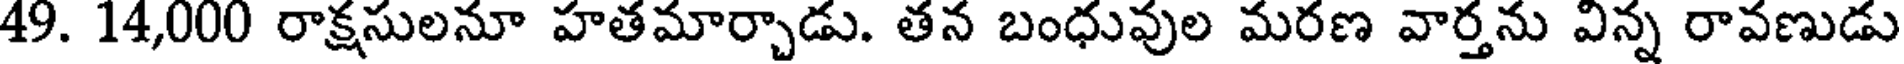
49. 14,000 రాక్షసులనూ హతమార్చాడు. తన బంధువుల మరణ వార్తను విన్న రావణుడు